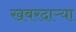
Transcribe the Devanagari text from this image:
खबरदाऱ्या